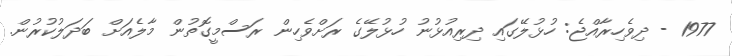
1977 - ދިވެހިރާއްޖެ: ހުޅުލޭގައި ދިރިއުޅުނު ހުޅުލޭގެ ރަށްވެހިން ރަސްމީގޮތުން މާލެއަށް ބަދަލުކުރުން.